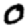
Digit: 0